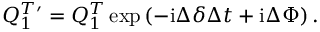
Q _ { 1 } ^ { T \prime } = Q _ { 1 } ^ { T } \exp \left( - \mathrm { i } \Delta \delta \Delta t + \mathrm { i } \Delta \Phi \right) .